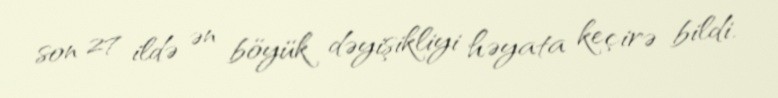
son 27 ildə ən böyük dəyişikliyi həyata keçirə bildi.